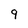
Character: 9